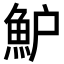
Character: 魲